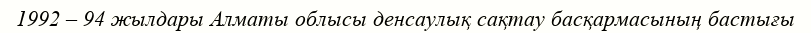
1992 – 94 жылдары Алматы облысы денсаулық сақтау басқармасының бастығы